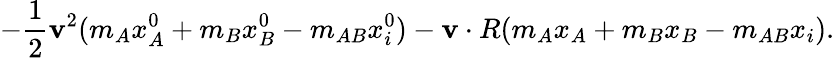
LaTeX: -\frac{1}{2}{\mathbf v}^{2}(m_{A}x_{A}^{0}+m_{B}x_{B}^{0}-m_{AB}x_{i}^{0})-{\mathbf v}\cdot R(m_{A}x_{A}+m_{B}x_{B}-m_{AB}x_{i}).